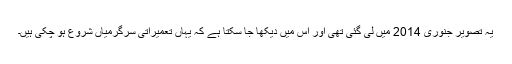
یہ تصویر جنوری 2014 میں لی گئی تھی اور اس میں دیکھا جا سکتا ہے کہ یہاں تعمیراتی سرگرمیاں شروع ہو چکی ہیں۔